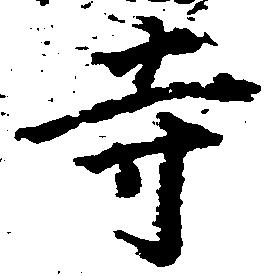
寺